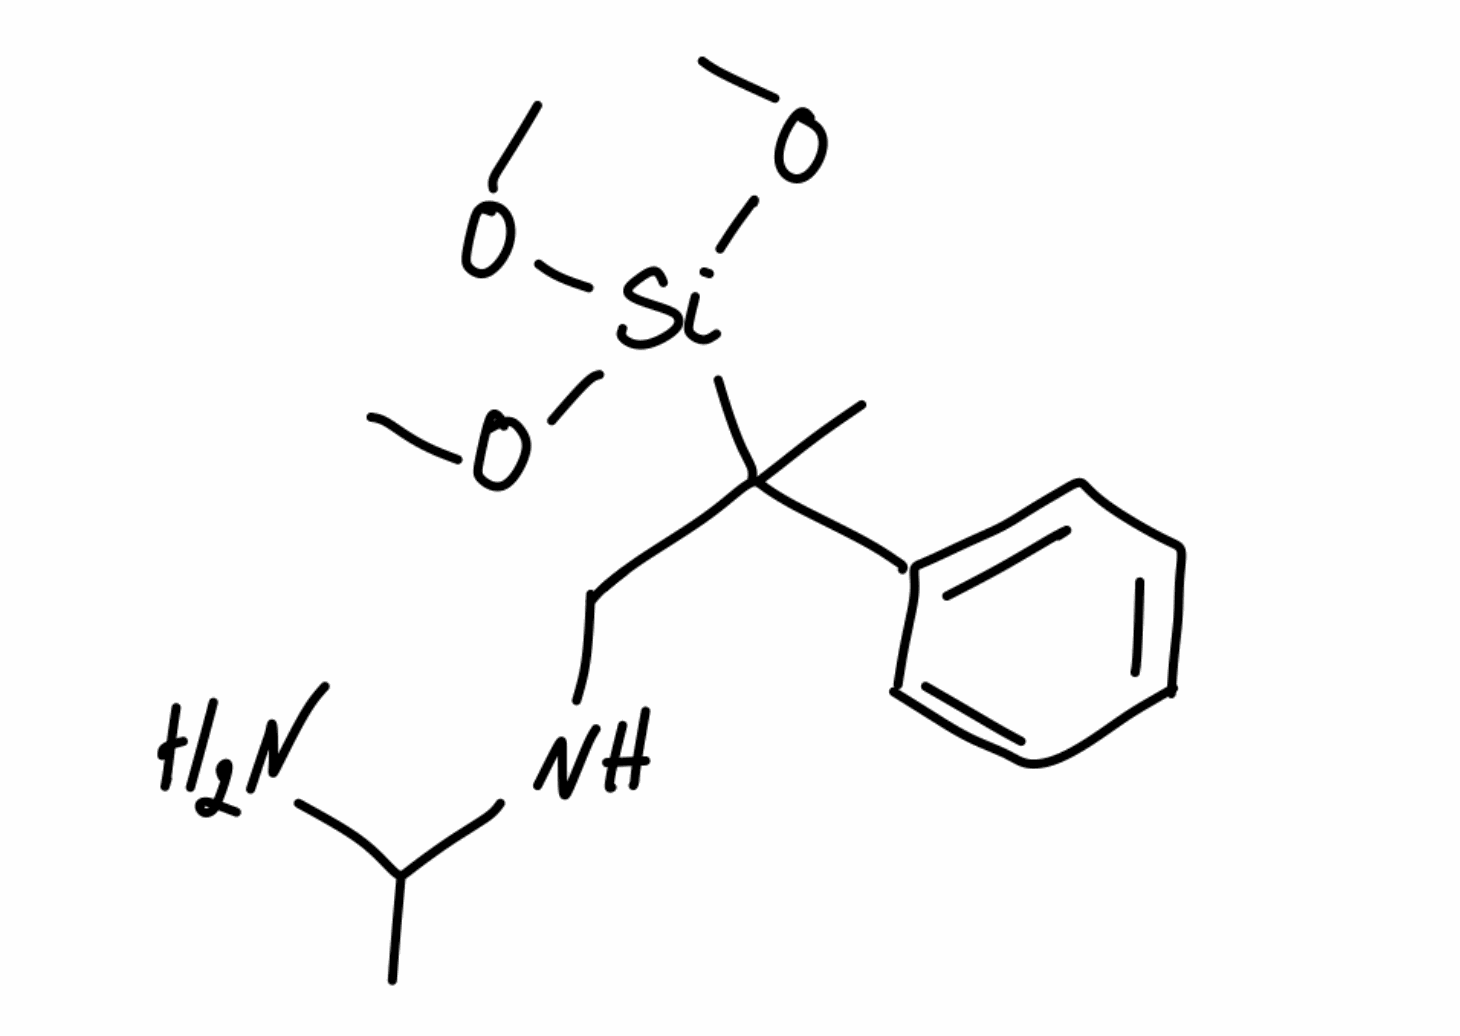
Simplified molecular-input line-entry system (SMILES) notation of the given molecule:
CC(N)NCC(C)(C1=CC=CC=C1)[Si](OC)(OC)OC